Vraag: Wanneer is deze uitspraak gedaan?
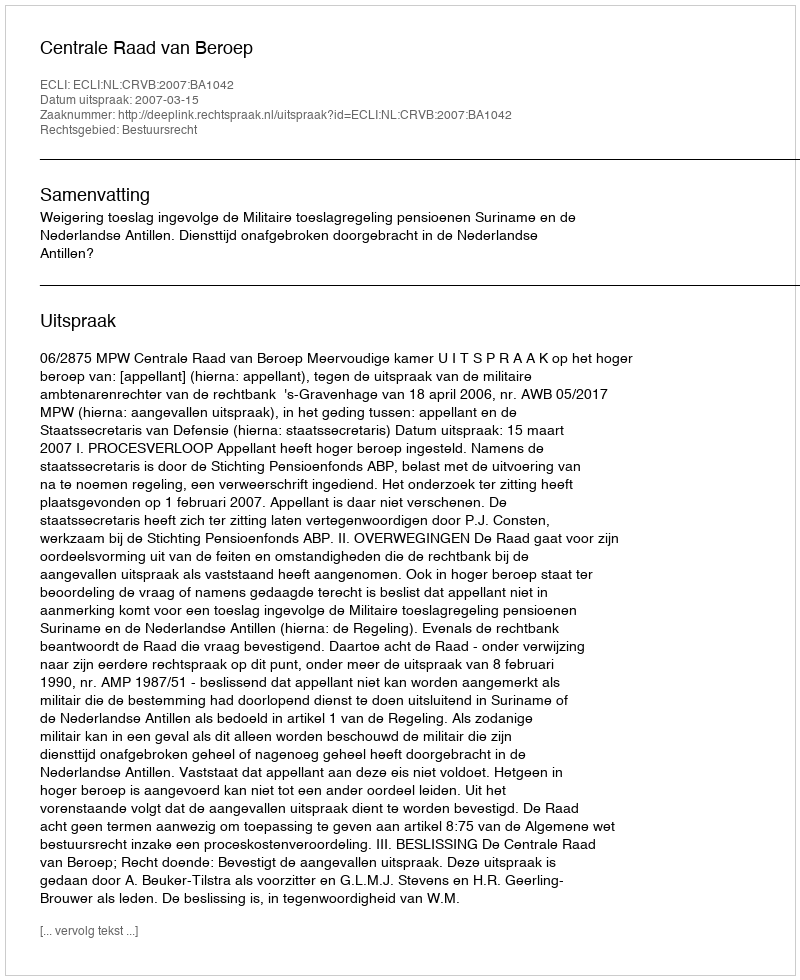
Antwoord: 2007-03-15